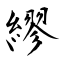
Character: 繆